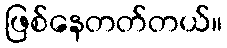
ဖြစ်နေတတ်တယ်။